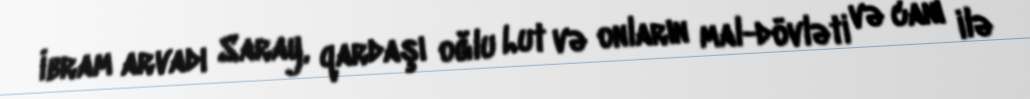
İbram arvadı Saray, qardaşı oğlu Lut və onların mal-dövləti və canı ilə